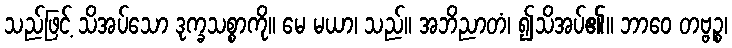
သည်ဖြင့် သိအပ်သော ဒုက္ခသစ္စာကို။ မေ မယာ၊ သည်။ အဘိညာတံ၊ ၍သိအပ်၏။ ဘာဝေ တဗ္ဗဉ္စ၊